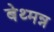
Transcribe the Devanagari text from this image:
बेथ्मन्न